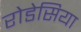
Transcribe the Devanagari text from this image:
रोडेसिया